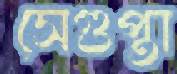
সেগুপ্তা